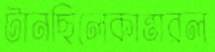
টানছিলেকান্তারল